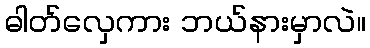
ဓါတ်လှေကား ဘယ်နားမှာလဲ။